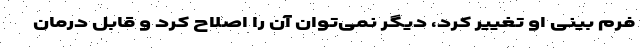
فرم بینی او تغییر کرد، دیگر نمی‌توان آن را اصلاح کرد و قابل درمان